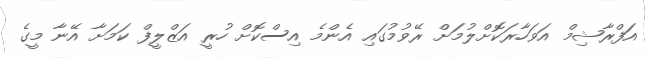
އަފްރާޝިމް އަވަހާރަކޮށްލުމަށް ރޭވުމުގައި އެންމެ އިސްކޮށް ހުރީ އަޒްލީފް ކަމަށާ އޭނާ މީގެ